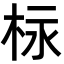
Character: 柡